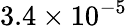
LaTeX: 3.4\times 10^{-5}